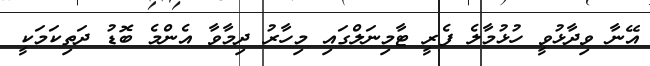
އޭނާ ވިދާޅުވީ ހުޅުމާލެ ފެރީ ޓާމިނަލްގައި މިހާރު ދިމާވާ އެންމެ ބޮޑު ދަތިކަމަކީ